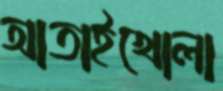
আতাইখোলা